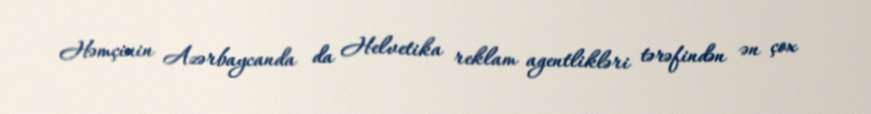
Həmçinin Azərbaycanda da Helvetika reklam agentlikləri tərəfindən ən çox